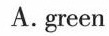
A. green